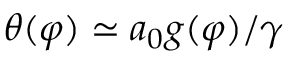
\theta ( \varphi ) \simeq a _ { 0 } g ( \varphi ) / \gamma